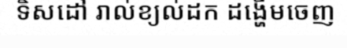
ទិសដៅ រាល់ខ្យល់ដក ដង្ហើមចេញ